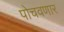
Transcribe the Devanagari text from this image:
पोचवणार